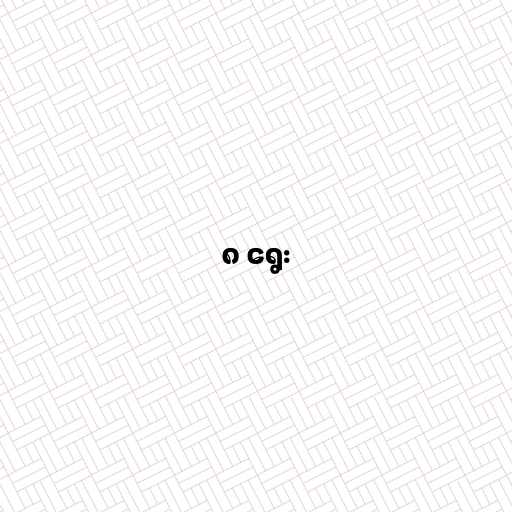
၈ ရွေး